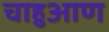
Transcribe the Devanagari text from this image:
चाहुआण